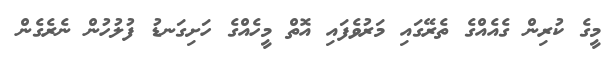
މީގެ ކުރިން ގެއެއްގެ ތެރޭގައި މަރުވެފައި އޮތް މީހެއްގެ ހަށިގަނޑު ފުލުހުން ނެރެގެން